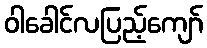
ဝါခေါင်လပြည့်ကျော်